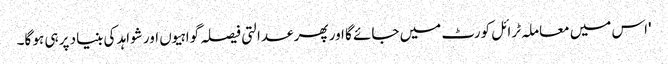
'اس میں معاملہ ٹرائل کورٹ میں جائے گا اور پھر عدالتی فیصلہ گواہیوں اور شواہد کی بنیاد پر ہی ہو گا۔